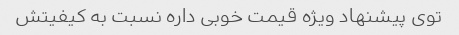
توی پیشنهاد ویژه قیمت خوبی داره نسبت به کیفیتش